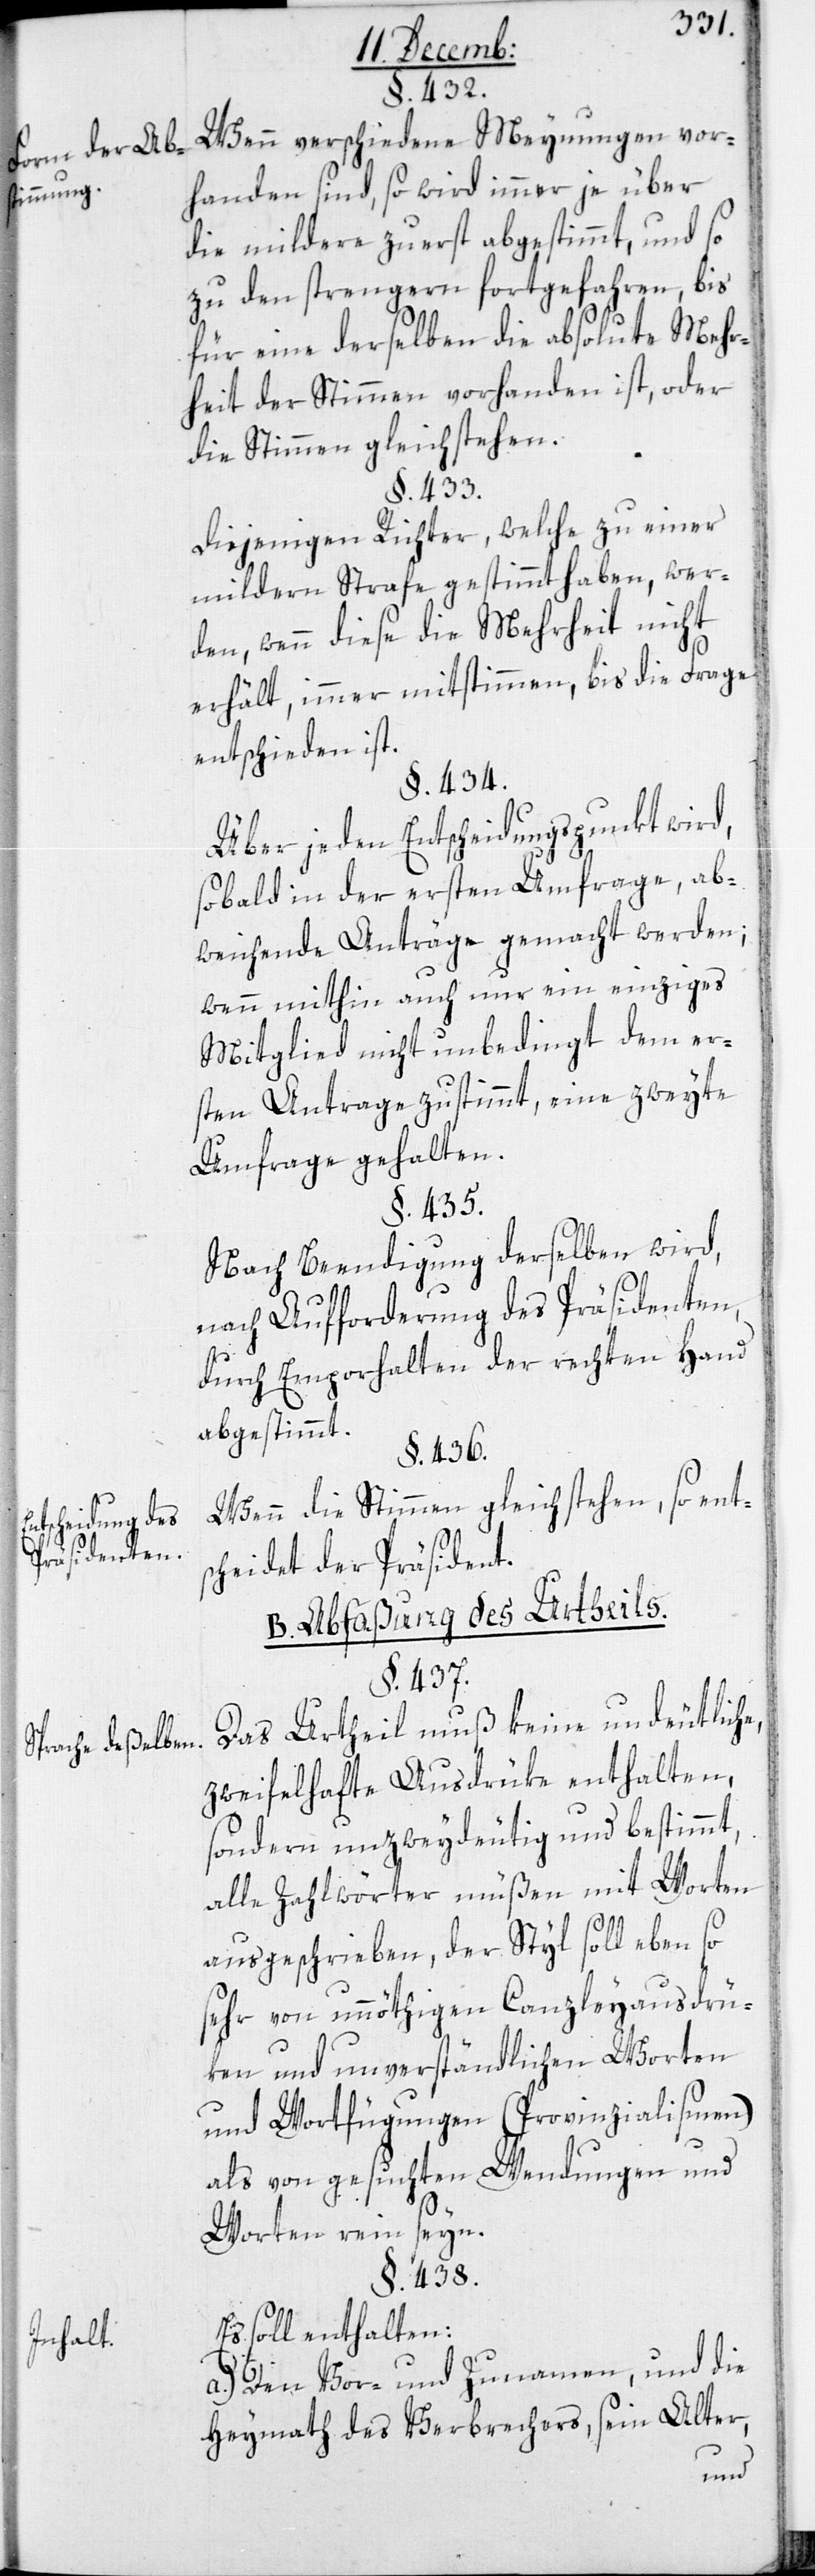
Form der Abs¬
timmung.
ntscheidung des
Präsidenten.
Sprache deßelben.
Inhalt.

§. 432.
Wenn verschiedene Meynungen vor¬
handen sind, so wird immer je über
die mildere zuerst abgestimmt, und so
zu den strengern fortgefahren, bis
für eine derselben die absolute Mehr¬
heit der Stimmen vorhanden ist, oder
die Stimmen gleichstehen.
§. 433.
Diejenigen Richter, welche zu einer
mildern Strafe gestimmt haben, wer¬
den, wenn diese die Mehrheit nicht
erhält, immer mitstimmen, bis die Frage
entschieden ist.
§. 434.
Über jeden Entscheidungspunkt wird,
sobald in der ersten Umfrage ab¬
weisende Anträge gemacht werden;
wenn mithin auch nur ein einziges
Mitglied nicht unbedingt dem er¬
sten Antrage zustimmt, eine zweyte
Umfrage gehalten.
Nach Beendigung derselben wird,
nach Aufforderung des Präsidenten,
durch Emporhalten der rechten Hand
abgestimmt.
§. 436.
Wenn die Stimmen gleich stehen, so ent¬
scheidet der Präsident.
B. Abfaßung des Urtheils.
§. 437.
Das Urtheil muß keine undeutliche
zweifelhafte Ausdrüke enthalten,
sondern unzweydeutig und bestimmt,
alle Zahlwörter müßen mit Worten
ausgeschrieben, der Stil soll ebenso
sehr von unnöthigen Canzleyausdrü¬
ken und unverständlichen Worten
und Wortfügungen (Provinzialismen)
als von gesuchten Wendungen und
E¬
Worten rein seyn.
§. 438.
Es soll enthalten:
a.) Den Vor- und Zunamen und die
Heymath des Verbrechers, sein Alter,